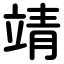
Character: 靖